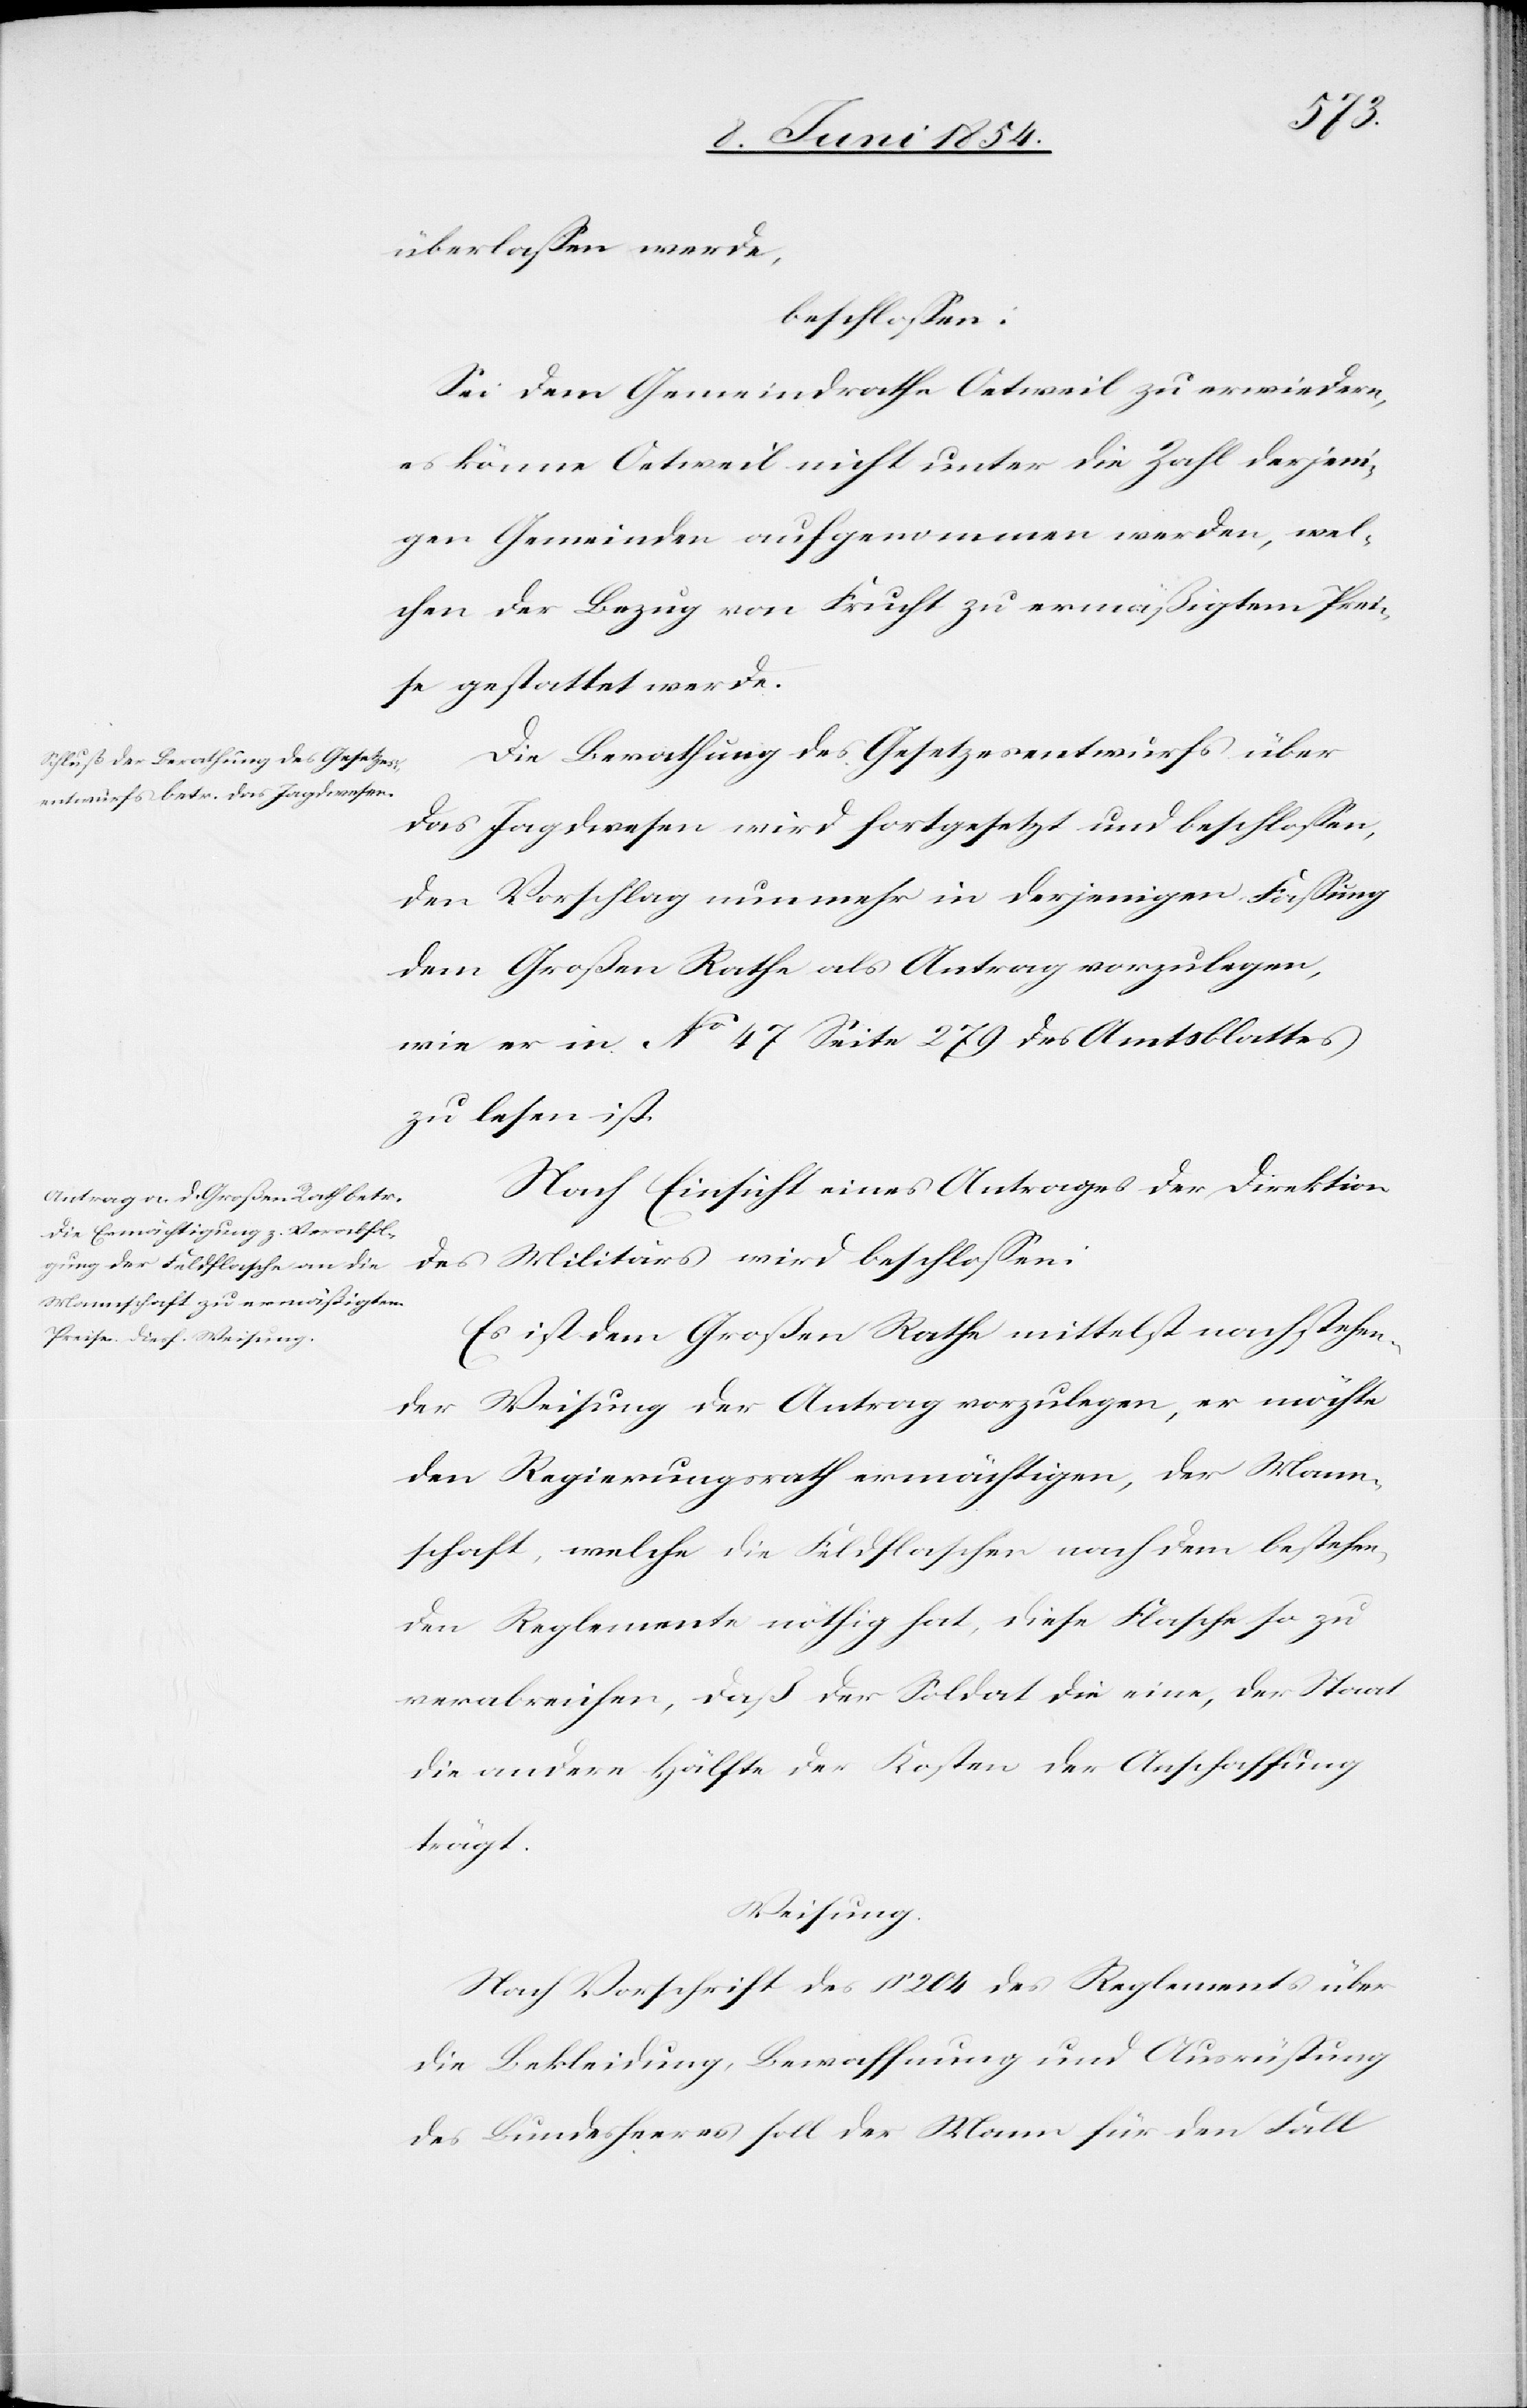
überlaßen werde,
beschloßen:
Sei dem Gemeindrathe Oetweil zu erwiedern,
es könne Oetweil nicht unter die Zahl derjeni¬
gen Gemeinden aufgenommen werden, wel¬
che der Bezug von Frucht zu ermäßigtem Prei¬
se gestattet werde.
Die Berathung des Gesetzesentwurfes über
das Jagdwesen wird fortgesetzt und beschloßen,
den Vorschlag nunmehr in derjenigen Faßung
dem Großen Rathe als Antrag vorzulegen,
wie er in No 47 Seite 279 des Amtsblattes
zu lesen ist.
Nach Einsicht eines Antrages der Direktion
des Militärs wird beschloßen:
Es ist dem Großen Rathe mittelst nachstehen¬
der Weisung der Antrag vorzulegen, er möchte
den Regierungsrath ermächtigen, der Mann¬
schaft, welche die Feldflaschen nach dem bestehen¬
den Reglemente nöthig hat, diese Flasche so zu
verabreichen, daß der Soldat die eine, der Staat
die andere Hälfte der Kosten der Anschaffung
trägt.
Weisung.
Nach Vorschrift des 1 204 des Reglements über
die Bekleidung, Bewaffnung und Ausrüstung
des Bundesheeres soll der Mann für den Fall